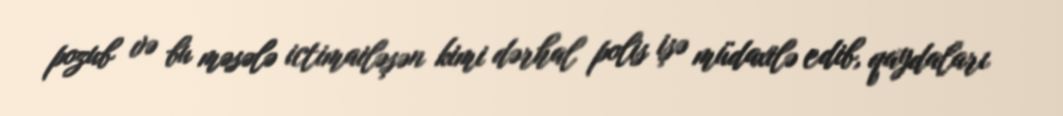
pozub və bu məsələ ictimailəşən kimi dərhal polis işə müdaxilə edib, qaydaları